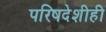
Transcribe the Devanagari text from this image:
परिषदेशीही